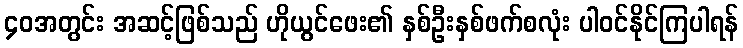
၄၀အတွင်း အဆင့်ဖြစ်သည် ဟိုယွင်ဖေး၏ နှစ်ဦးနှစ်ဖက်စလုံး ပါဝင်နိုင်ကြပါရန်